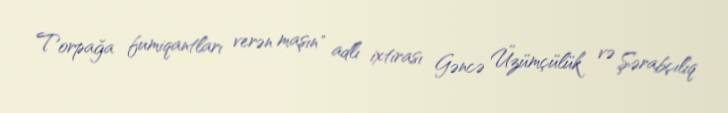
Torpağa fumiqantları verən maşın" adlı ixtirası Gəncə Üzümçülük və Şərabçılıq